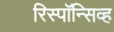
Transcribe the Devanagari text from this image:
रिस्पॉन्सिव्ह